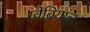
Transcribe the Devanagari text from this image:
ग्वेबियाल